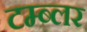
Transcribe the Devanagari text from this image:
टम्ब्लर